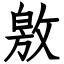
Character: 敫